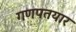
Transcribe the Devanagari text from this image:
गणपतयार